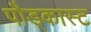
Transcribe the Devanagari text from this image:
पौड्कास्ट